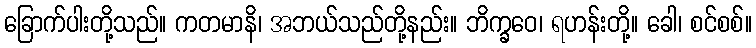
ခြောက်ပါးတို့သည်။ ကတမာနိ၊ အဘယ်သည်တို့နည်း။ ဘိက္ခဝေ၊ ရဟန်းတို့။ ခေါ၊ စင်စစ်။